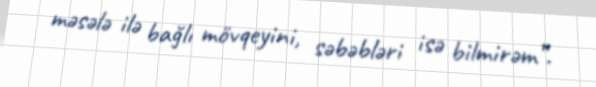
məsələ ilə bağlı mövqeyini, səbəbləri isə bilmirəm”.